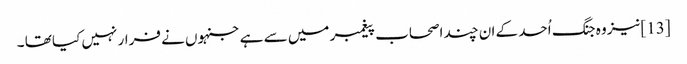
[13]نیز وہ جنگ اُحد کے ان چند اصحاب پیغمبر میں سے ہے جنہوں نے فرار نہیں کیا تھا ۔